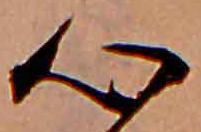
心